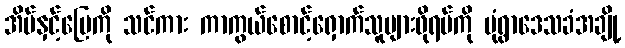
အိမ်နှင့်မြေကို သင်ကား ကာကွယ်စောင့်ရှောက်သူများဖိုရမ်ကို မုံရွာဒေသခံအချို့